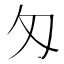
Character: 匁